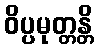
ဝိပ္ပမုတ္တန္တိ